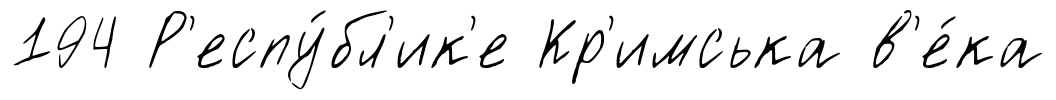
194 Р'еспу́бл'ик'е Кр'имська в'е́ка